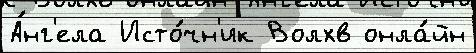
А́нг'ела Исто́чн'ик Волхв онла́йн